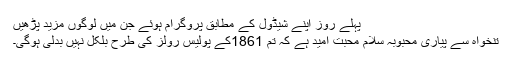
پہلے روز اپنے شیڈول کے مطابق پروگرام ہوئے جن میں لوگوں مزید پڑھیں
تنخواہ سے پیاری محبوبہ سلام محبت امید ہے کہ تم 1861کے پولیس رولز کی طرح بلکل نہیں بدلی ہوگی۔